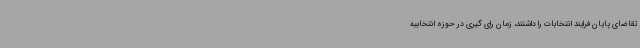
تقاضای پایان فرایند انتخابات را داشتند، زمان رای گیری در حوزه انتخابیه